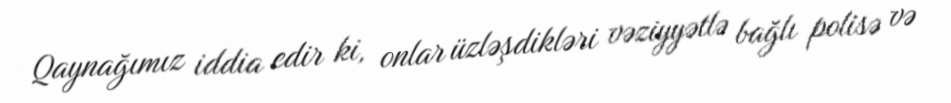
Qaynağımız iddia edir ki, onlar üzləşdikləri vəziyyətlə bağlı polisə və